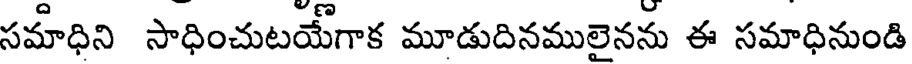
సమాధిని సాధించుటయేగాక మూడుదినములైనను ఈ సమాధినుండి